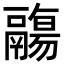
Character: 鬺